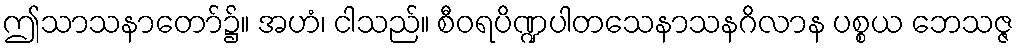
ဤသာသနာတော်၌။ အဟံ၊ ငါသည်။ စီဝရပိဏ္ဍပါတသေနာသနဂိလာန ပစ္စယ ဘေသဇ္ဇ